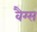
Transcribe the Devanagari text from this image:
वैग्स